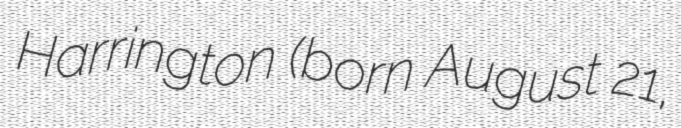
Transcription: Harrington (born August 21,